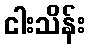
ငါးသိန်း